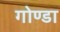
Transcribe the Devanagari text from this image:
गोण्‍डा